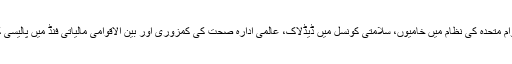
لیکن عالمی قیادت کو بڑی خامیوں کا سامنا ہے؛ اقوام متحدہ کی نظام میں خامیوں، سلامتی کونسل میں ڈیڈلاک، عالمی ادارہ صحت کی کمزوری اور بین الاقوامی مالیاتی فنڈ میں پالیسی کا شکار ہونے کو سدھارنے کی بہت ضرورت ہے۔